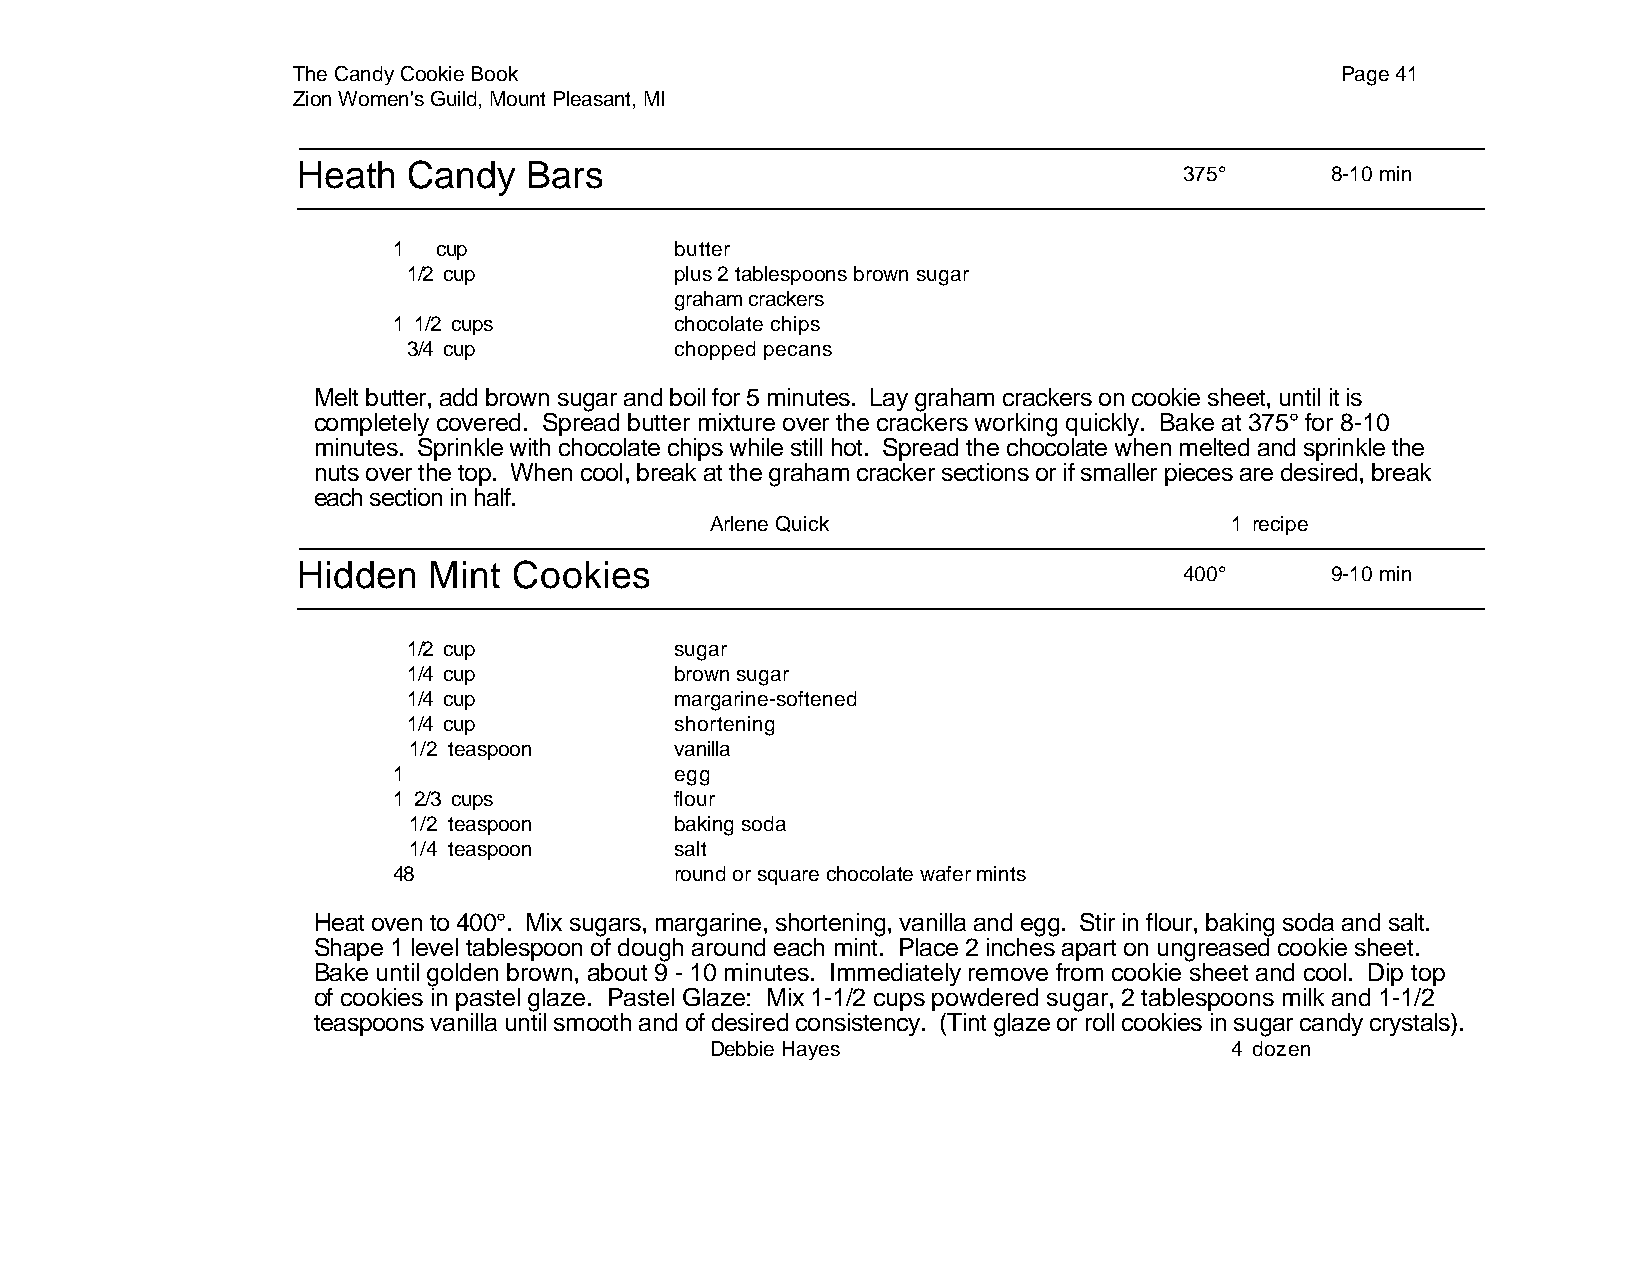
The Candy Cookie Book                                                 Page 41
 Zion Women's Guild, Mount Pleasant, MI
 Heath  Candy   Bars
 375°      8-10 min
 1  cup             butter
 1/2 cup           plus 2 tablespoons brown sugar
 graham crackers
 1 1/2 cups         chocolate chips
 3/4 cup           chopped pecans
 Melt butter, add brown sugar and boil for 5 minutes. Lay graham crackers on cookie sheet, until it is
 completely covered. Spread butter mixture over the crackers working quickly. Bake at 375° for 8-10
 minutes. Sprinkle with chocolate chips while still hot. Spread the chocolate when melted and sprinkle the
 nuts over the top. When cool, break at the graham cracker sections or if smaller pieces are desired, break
 each section in half.
 Arlene Quick                      1 recipe
 Hidden  Mint  Cookies
 400°      9-10 min
 1/2 cup           sugar
 1/4 cup           brown sugar
 1/4 cup           margarine-softened
 1/4 cup           shortening
 1/2 teaspoon      vanilla
 1                  egg
 1 2/3 cups         flour
 1/2 teaspoon      baking soda
 1/4 teaspoon      salt
 48                 round or square chocolate wafer mints
 Heat oven to 400°. Mix sugars, margarine, shortening, vanilla and egg. Stir in flour, baking soda and salt.
 Shape 1 level tablespoon of dough around each mint. Place 2 inches apart on ungreased cookie sheet.
 Bake until golden brown, about 9 - 10 minutes. Immediately remove from cookie sheet and cool. Dip top
 of cookies in pastel glaze. Pastel Glaze: Mix 1-1/2 cups powdered sugar, 2 tablespoons milk and 1-1/2
 teaspoons vanilla until smooth and of desired consistency. (Tint glaze or roll cookies in sugar candy crystals).
 Debbie Hayes                      4 dozen